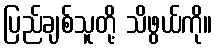
ပြည်ချစ်သူတို့ သိဖွယ်ကို။